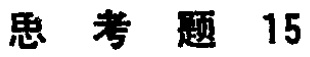
思考题 15